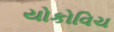
યોકોવિચ